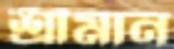
শ্রীমান